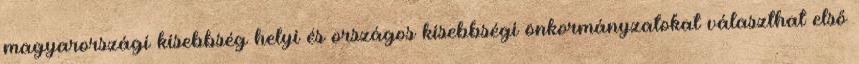
magyarországi kisebbség helyi és országos kisebbségi önkormányzatokat választhat első